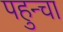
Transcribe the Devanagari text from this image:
पहुन्चा